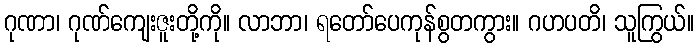
ဂုဏာ၊ ဂုဏ်ကျေးဇူးတို့ကို။ လာဘာ၊ ရတော်ပေကုန်စွတကွား။ ဂဟပတိ၊ သူကြွယ်။